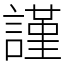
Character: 謹